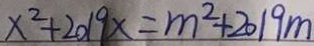
x ^ { 2 } + 2 0 1 9 x = m ^ { 2 } + 2 0 1 9 m